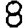
Digit: 8